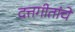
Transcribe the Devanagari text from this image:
दत्तगीतांचे